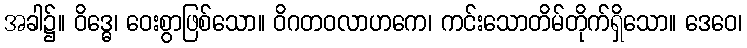
အခါ၌။ ဝိဒ္ဓေ၊ ဝေးစွာဖြစ်သော။ ဝိဂတဝလာဟကေ၊ ကင်းသောတိမ်တိုက်ရှိသော။ ဒေဝေ၊